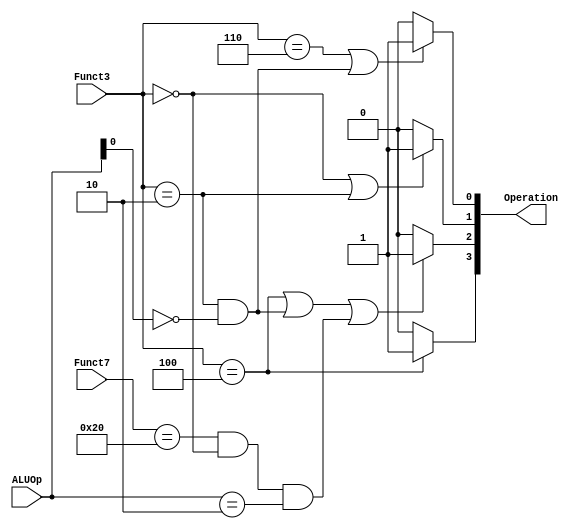
`timescale 1ns / 1ps

// Module definition
module ALUController (
    ALUOp , Funct7 , Funct3 , Operation
    );
    
// Define the input and output signals
input [1:0] ALUOp;
input [6:0] Funct7;
input [2:0] Funct3;
output [3:0] Operation;

// Define the ALUController modules behavior
assign Operation[0] = ((Funct3 == 3'b110) || ((Funct3 == 3'b010) && (ALUOp[0] == 1'b0))) ? 1'b1 : 1'b0;
assign Operation[1] = ((Funct3 == 3'b000) || (Funct3 == 3'b010)) ? 1'b1 : 1'b0;
assign Operation[2] = ((Funct3 == 3'b100) || ((Funct3 == 3'b010) && (ALUOp[0] == 1'b0)) || ((Funct7 == 7'b0100000) && (Funct3 == 3'b000) && (ALUOp == 2'b10))) ? 1'b1 : 1'b0;
assign Operation[3] = (Funct3 == 3'b100) ? 1'b1 : 1'b0;

endmodule // ALUController